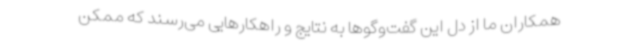
همکاران ما از دل این گفت‌وگوها به نتایج و راهکارهایی می‌رسند که ممکن